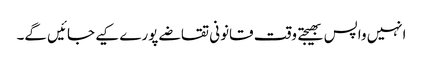
انہیں واپس بھیجتے وقت قانونی تقاضے پورے کیے جائیں گے۔